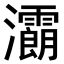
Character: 𤅉